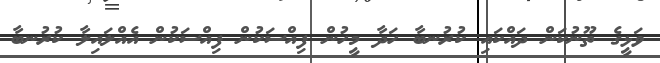
ވަޅީގެ ތޫނުކަން ދައްކައި ކުރުނބާ ހަދާ މީހުން ފިއްސަކުން ފިއްސަކުން އެއްލައިލާ ކުރުނބާ